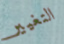
التغيير